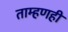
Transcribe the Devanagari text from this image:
ताम्हणही